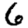
Digit: 6